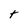
Character: t